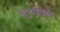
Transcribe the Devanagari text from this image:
१९९०सालच्या